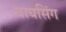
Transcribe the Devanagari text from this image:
बाघसिंग